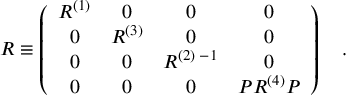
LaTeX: { \cal R } \equiv \left( \begin{array} { c c c c } { { R ^ { ( 1 ) } } } & { { 0 } } & { { 0 } } & { { 0 } } \\ { { 0 } } & { { R ^ { ( 3 ) } } } & { { 0 } } & { { 0 } } \\ { { 0 } } & { { 0 } } & { { R ^ { ( 2 ) \; - 1 } } } & { { 0 } } \\ { { 0 } } & { { 0 } } & { { 0 } } & { { { \cal P } R ^ { ( 4 ) } { \cal P } } } \end{array} \right) \quad . \qquad